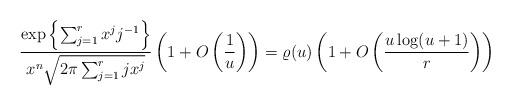
LaTeX: \begin{align*}\frac{\exp\left\{\sum_{j=1}^r {x^j j^{-1}}\right\}}{x^n\sqrt{2\pi \sum_{j=1}^rjx^j}}\left(1+O\left(\frac{1}{u}\right)\right)&=\varrho(u)\left(1+O\left(\frac{u\log(u+1)}{r}\right)\right)\end{align*}